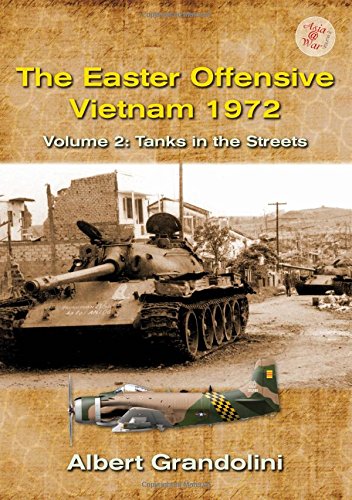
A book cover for The Easter Offensive - Vietnam 1972: Volume 2: Tanks in the streets (Africa @ War); Albert Grandolini; History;